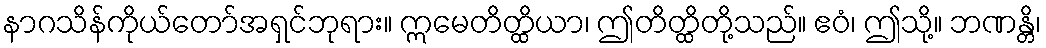
နာဂသိန်ကိုယ်တော်အရှင်ဘုရား။ ဣမေတိတ္ထိယာ၊ ဤတိတ္ထိတို့သည်။ ဧဝံ၊ ဤသို့။ ဘဏန္တိ၊